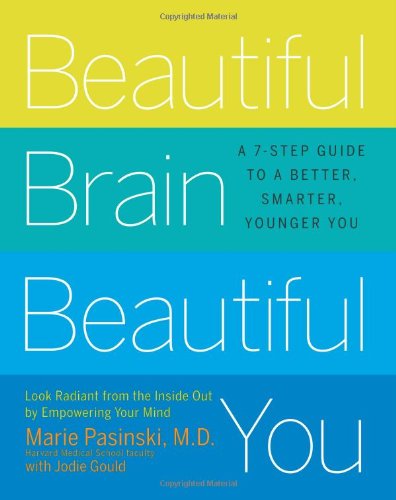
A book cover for Beautiful Brain, Beautiful You: Look Radiant from the Inside Out by Empowering Your Mind; Marie Pasinski; Health, Fitness & Dieting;